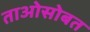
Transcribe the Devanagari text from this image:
ताओसोबत